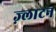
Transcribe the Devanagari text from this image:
ज़्लाटन